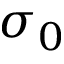
\sigma _ { 0 }